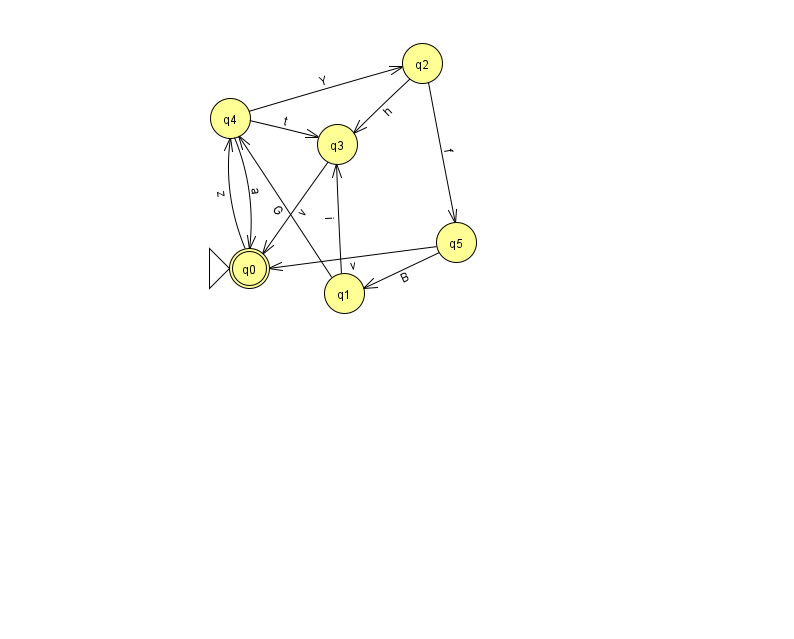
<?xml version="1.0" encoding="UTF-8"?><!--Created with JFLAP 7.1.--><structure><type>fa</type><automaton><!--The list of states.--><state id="0" name="q0"><x>249.0</x><y>255.0</y><initial/><final/></state><state id="1" name="q1"><x>344.0</x><y>280.0</y></state><state id="2" name="q2"><x>422.0</x><y>50.0</y></state><state id="3" name="q3"><x>337.0</x><y>131.0</y></state><state id="4" name="q4"><x>230.0</x><y>105.0</y></state><state id="5" name="q5"><x>456.0</x><y>229.0</y></state><!--The list of transitions.--><transition><from>1</from><to>4</to><read>G</read></transition><transition><from>5</from><to>0</to><read>v</read></transition><transition><from>4</from><to>3</to><read>t</read></transition><transition><from>0</from><to>4</to><read>z</read></transition><transition><from>2</from><to>5</to><read>f</read></transition><transition><from>3</from><to>0</to><read>v</read></transition><transition><from>4</from><to>2</to><read>Y</read></transition><transition><from>5</from><to>1</to><read>B</read></transition><transition><from>2</from><to>3</to><read>h</read></transition><transition><from>4</from><to>0</to><read>a</read></transition><transition><from>1</from><to>3</to><read>i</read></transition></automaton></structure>